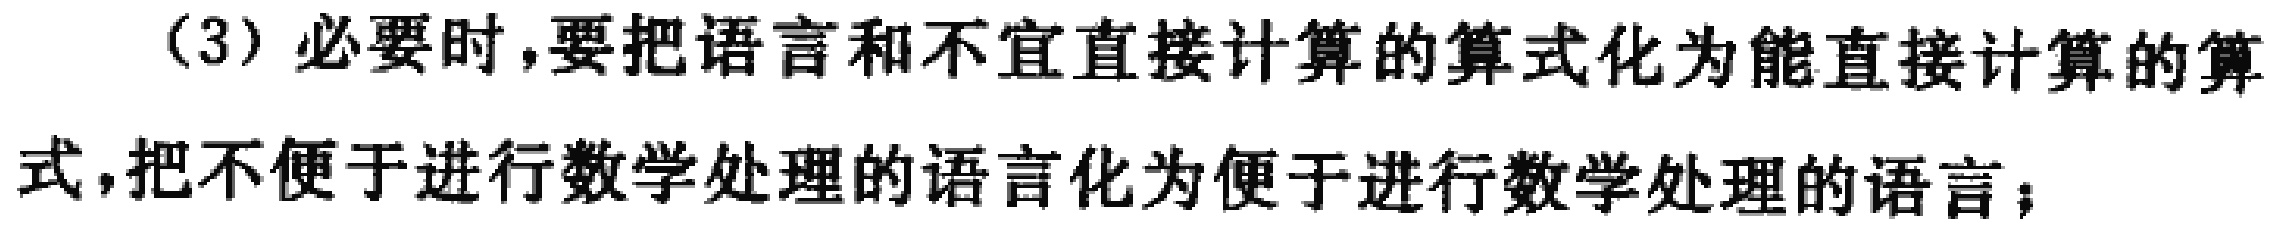
(3) 必要时,要把语言和不宜直接计算的算式化为能直接计算的算式,把不便于进行数学处理的语言化为便于进行数学处理的语言；